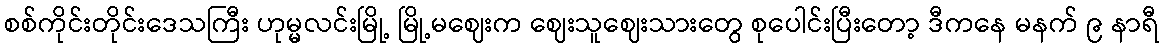
စစ်ကိုင်းတိုင်းဒေသကြီး ဟုမ္မလင်းမြို့ မြို့မဈေးက ဈေးသူဈေးသားတွေ စုပေါင်းပြီးတော့ ဒီကနေ မနက် ၉ နာရီ